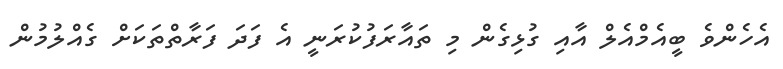
އެހެންވެ ބީއެމްއެލް އާއި ގުޅިގެން މި ތައާރަފުކުރަނީ އެ ފަދަ ފަރާތްތަކަށް ގެއްލުމުން